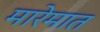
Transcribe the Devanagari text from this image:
मारेमात